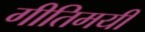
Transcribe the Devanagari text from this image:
गीतिमयी